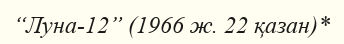
“Луна-12” (1966 ж. 22 қазан)*